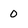
Character: 0